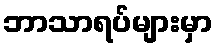
ဘာသာရပ်များမှာ